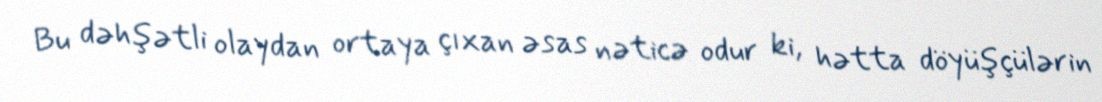
Bu dəhşətli olaydan ortaya çıxan əsas nəticə odur ki, hətta döyüşçülərin